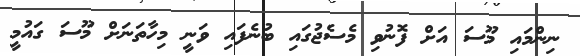
ނިންމައި މޫސަ އަށް ފޮނުވި މެސެޖުގައި ބުނެފައި ވަނީ މިހާތަނަށް މޫސަ ގައުމީ